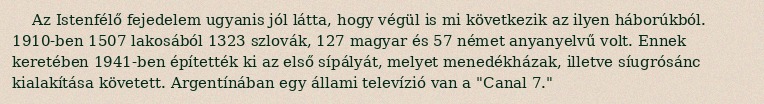
Az Istenfélő fejedelem ugyanis jól látta, hogy végül is mi következik az ilyen háborúkból. 1910-ben 1507 lakosából 1323 szlovák, 127 magyar és 57 német anyanyelvű volt. Ennek keretében 1941-ben építették ki az első sípályát, melyet menedékházak, illetve síugrósánc kialakítása követett. Argentínában egy állami televízió van a "Canal 7."